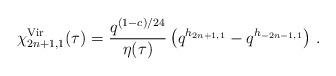
LaTeX: \begin{align*}\chi^{{\rm Vir}}_{2n+1,1}(\tau) = \frac{q^{(1-c)/24}}{\eta(\tau)}\left( q^{h_{2n+1,1}} - q^{h_{-2n-1,1}}\right)\,.\end{align*}